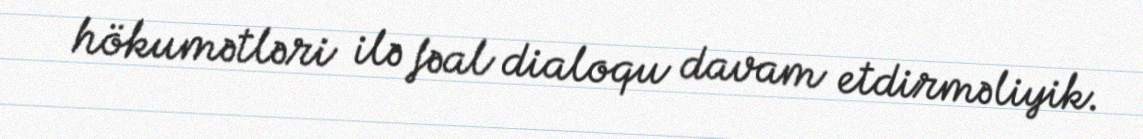
hökumətləri ilə fəal dialoqu davam etdirməliyik.